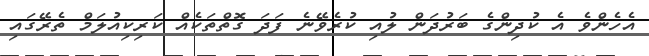
އެހެންވެ އެ ކުދިންގެ ބަރުދަން ލުއި ކުރެވޭނެ ފަދަ ގޮތްތަކެއް ކަރިކިއުލަމް ތެރޭގައި